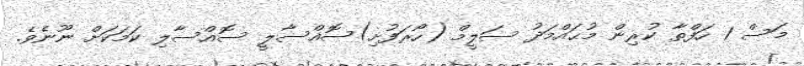
މަސް 1 ހަފްތާ ކުރިން މުޙައްމަދު ސަލީމް (ހޯރަފުށި)ސޮއްސާލީ ސޮއްސާލި ކަމަކަށް ނޫނެވެ.